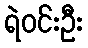
ရဲဝင်းဦး